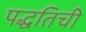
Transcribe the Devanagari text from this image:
पद्धतिची